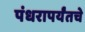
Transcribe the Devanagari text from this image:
पंधरापर्यंतचे